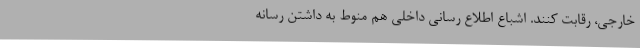
خارجی، رقابت کنند. اشباع اطلاع رسانی داخلی هم منوط به داشتن رسانه